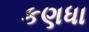
કણધા